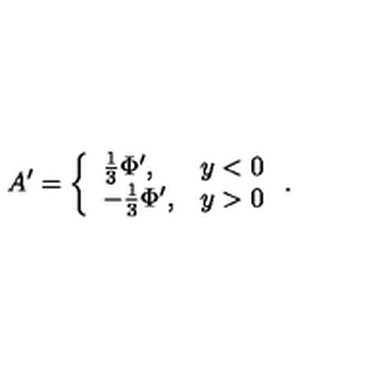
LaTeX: A ^ { \prime } = \left\{ \begin{array} { l l } { \frac { 1 } { 3 } \Phi ^ { \prime } , } & { y < 0 } \\ { - \frac { 1 } { 3 } \Phi ^ { \prime } , } & { y > 0 } \\ \end{array} \right. .